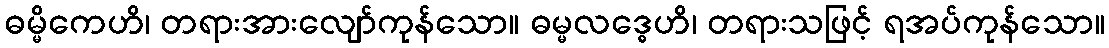
ဓမ္မိကေဟိ၊ တရားအားလျော်ကုန်သော။ ဓမ္မလဒ္ဓေဟိ၊ တရားသဖြင့် ရအပ်ကုန်သော။